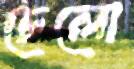
চেলো